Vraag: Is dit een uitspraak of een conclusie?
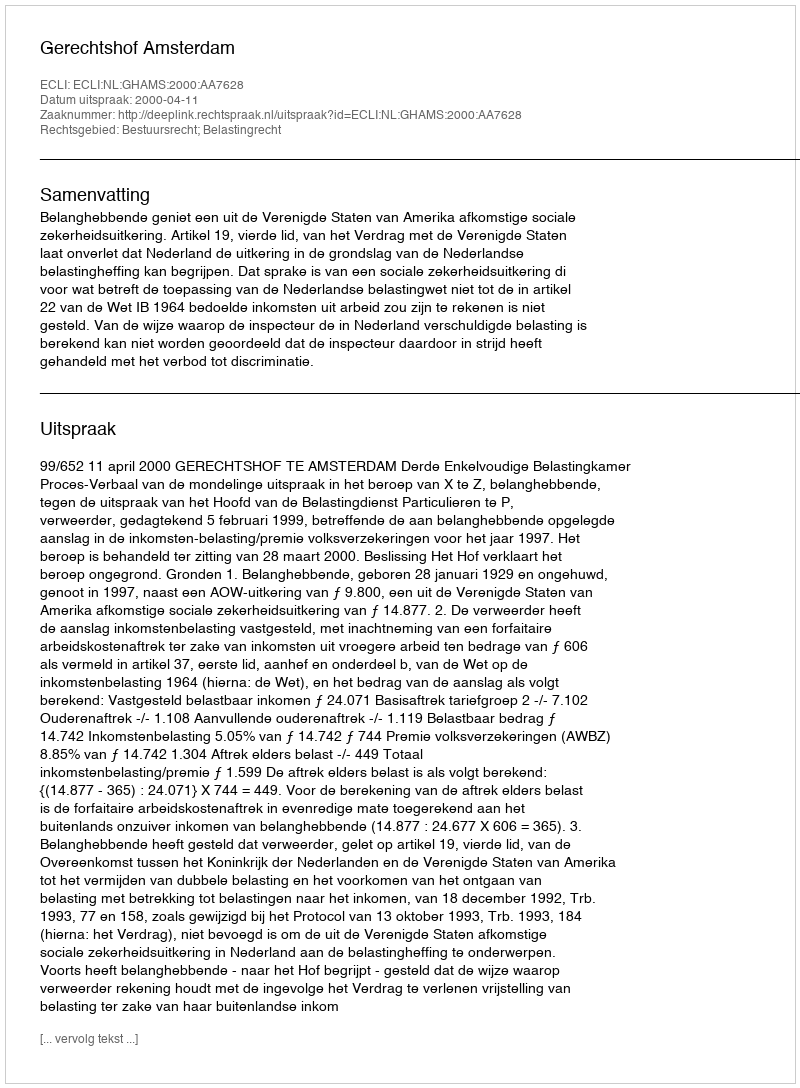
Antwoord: Uitspraak